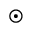
\odot